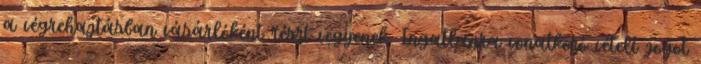
a végrehajtásban vásárlóként részt vegyenek. Ingatlanra vonatkozó vételi jogot